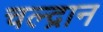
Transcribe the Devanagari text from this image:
चल्द्रान